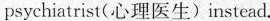
psychiatrist(心理医生)instead.